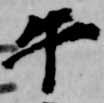
午